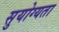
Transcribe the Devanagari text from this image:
सुयोग्यता